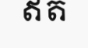
ឥត